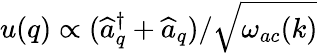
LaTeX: u(q)\propto(\widehat{a}_{q}^{\dagger}+\widehat{a}_{q})/\sqrt{\omega_{ac}(k)}